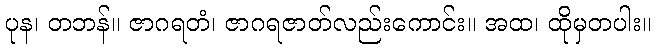
ပုန၊ တဘန်။ ဇာဂရတံ၊ ဇာဂရဇာတ်လည်းကောင်း။ အထ၊ ထိုမှတပါး။